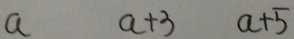
a a + 3 a + 5